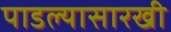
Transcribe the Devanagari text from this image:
पाडल्यासारखी